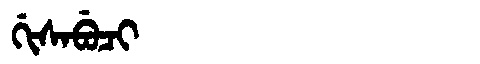
Manchu: ᡤᡳᠰᠠᠪᡠᠴᡳ
Romanization: GISABUCI